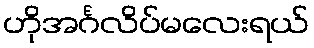
ဟိုအင်္ဂလိပ်မလေးရယ်